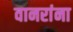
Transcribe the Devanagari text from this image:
वानरांना